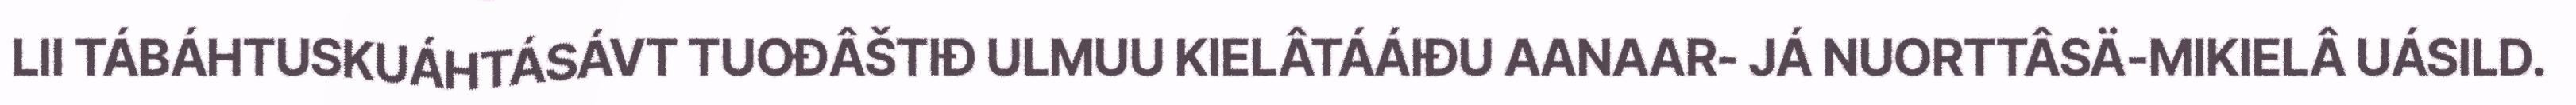
LII TÁBÁHTUSKUÁHTÁSÁVT TUOĐÂŠTIĐ ULMUU KIELÂTÁÁIĐU AANAAR- JÁ NUORTTÂSÄ-MIKIELÂ UÁSILD.